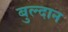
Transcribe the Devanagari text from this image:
बुल्दान